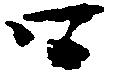
口